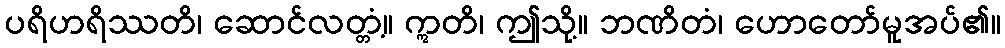
ပရိဟရိဿတိ၊ ဆောင်လတ္တံ့။ ဣတိ၊ ဤသို့။ ဘဏိတံ၊ ဟောတော်မူအပ်၏။